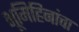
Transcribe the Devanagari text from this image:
भूमिहिनांचा